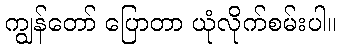
ကျွန်တော် ပြောတာ ယုံလိုက်စမ်းပါ။